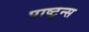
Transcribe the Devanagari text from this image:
पाष्टून्स